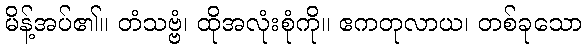
မိန့်အပ်၏။ တံသဗ္ဗံ၊ ထိုအလုံးစုံကို။ ဧကတုလာယ၊ တစ်ခုသော